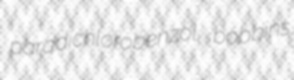
paradichlorobenzol bobbins